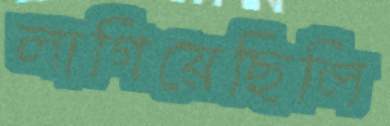
লাগিয়েছিলি